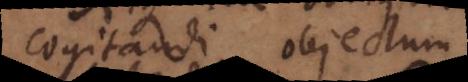
cogitandi objectum